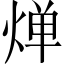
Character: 𬊤